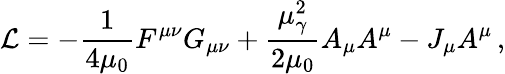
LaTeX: \mathcal{L}=-\frac{1}{4\mu_{0}}F^{\mu\nu}G_{\mu\nu}+\frac{\mu_{\gamma}^{2}}{2\mu_{0}}A_{\mu}A^{\mu}-J_{\mu}A^{\mu}\, ,